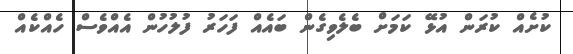
ކުށެއް ކުރަން އުޅޭ ކަމަށް ބެލެވިގެން ބައެއް ފަހަރު ފުލުހުން އެއްވެސް ހެއްކެއް